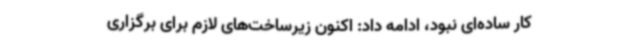
کار ساده‌ای نبود، ادامه داد: اکنون زیرساخت‌های لازم برای برگزاری